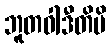
ဘူတဝါဒီတိပိ